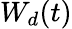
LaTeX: W_{d}(t)